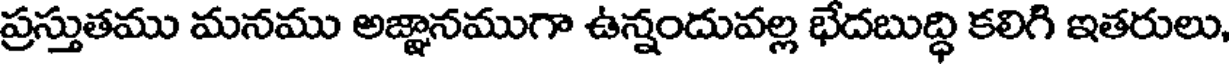
ప్రస్తుతము మనము అజ్ఞానముగా ఉన్నందువల్ల భేదబుద్ధి కలిగి ఇతరులు,